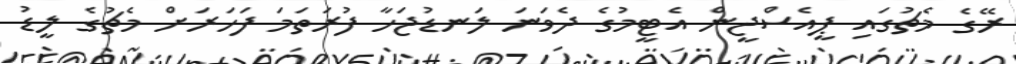
ރޭގެ މެޗުގައި ޕީއެސްޖީން އެޓީމުގެ ދެވަނަ ލަނޑުޖަހާ ފުރަތަމަ ފަހަރަށް މެޗުގެ ލީޑު